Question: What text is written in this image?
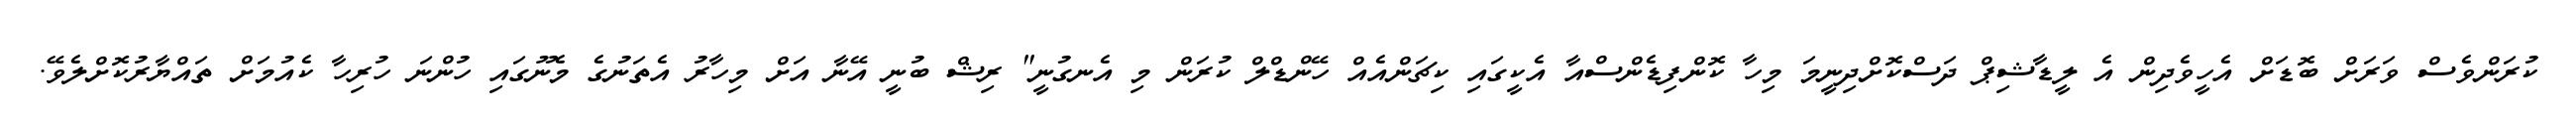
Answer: ކުރަންވެސް ވަރަށް ބޮޑަށް އެހީވެދިން އެ ލީޑާޝިޕް ދަސްކޮށްދިނީމަ މިހާ ކޮންފިޑެންސްއާ އެކީގައި ކިޗަންއެއް ހޭންޑްލް ކުރަން މި އެނގުނީ" ރިޝް ބުނީ އޭނާ އަށް މިހާރު އެތަނުގެ މެނޫގައި ހުންނަ ހުރިހާ ކެއުމަށް ތައްޔާރުކޮށްލެވޭ.